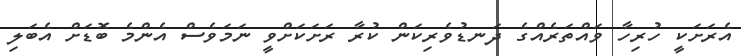
އެރަށަކީ ހުރިހާ ވައްތަރެއްގެ ދަނޑުވެރިކަން ކުރާ ރަށަކަށްވީ ނަމަވެސް އެންމެ ބޮޑަށް އެބަލި